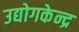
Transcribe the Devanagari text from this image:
उद्योगकेन्द्र